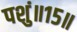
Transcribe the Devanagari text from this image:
पशुं॥१५॥